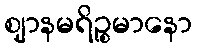
ဈာနမရိဉ္စမာနော